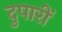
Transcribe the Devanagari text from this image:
दुपारीं